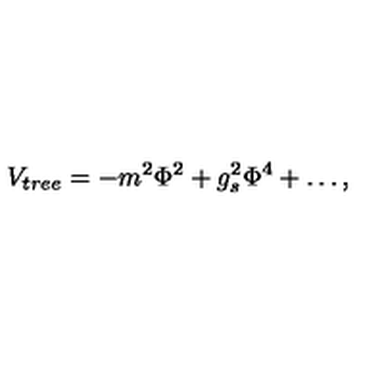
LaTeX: V _ { \small { t r e e } } = - m ^ { 2 } \Phi ^ { 2 } + g _ { s } ^ { 2 } \Phi ^ { 4 } + \dots ,